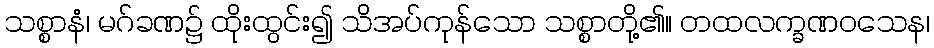
သစ္စာနံ၊ မဂ်ခဏ၌ ထိုးထွင်း၍ သိအပ်ကုန်သော သစ္စာတို့၏။ တထလက္ခဏဝသေန၊